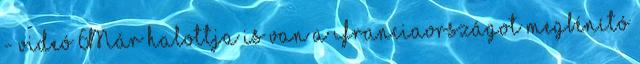
- videó 6Már halottja is van a Franciaországot megbénító